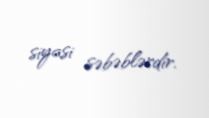
siyasi səbəblərdir.